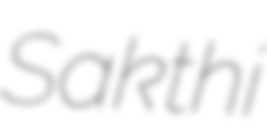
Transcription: Sakthi